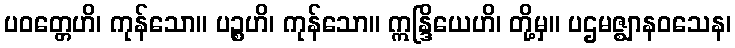
ပဝတ္တေဟိ၊ ကုန်သော။ ပဉ္စဟိ၊ ကုန်သော။ ဣန္ဒြိယေဟိ၊ တို့မှ။ ပဌမဇ္ဈာနဝသေန၊